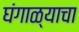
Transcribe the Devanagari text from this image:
घंगाळ्याचा